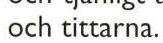
 och tittarna.